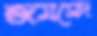
জমসেদ